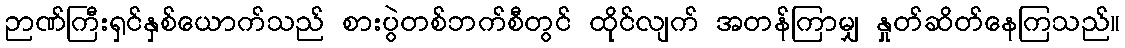
ဉာဏ်ကြီးရှင်နှစ်ယောက်သည် စားပွဲတစ်ဘက်စီတွင် ထိုင်လျက် အတန်ကြာမျှ နှုတ်ဆိတ်နေကြသည်။